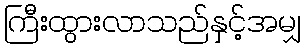
ကြီးထွားလာသည်နှင့်အမျှ